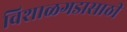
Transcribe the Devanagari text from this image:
विशाळगडासाठी